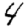
Digit: 4